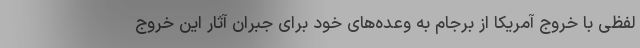
لفظی با خروج آمریکا از برجام به وعده‌های خود برای جبران آثار این خروج